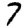
Digit: 7